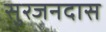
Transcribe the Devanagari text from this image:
सुरजनदास